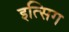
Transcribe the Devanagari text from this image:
इत्सिग